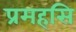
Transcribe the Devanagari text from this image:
प्रमहसि